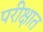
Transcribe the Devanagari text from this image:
परीक्षात